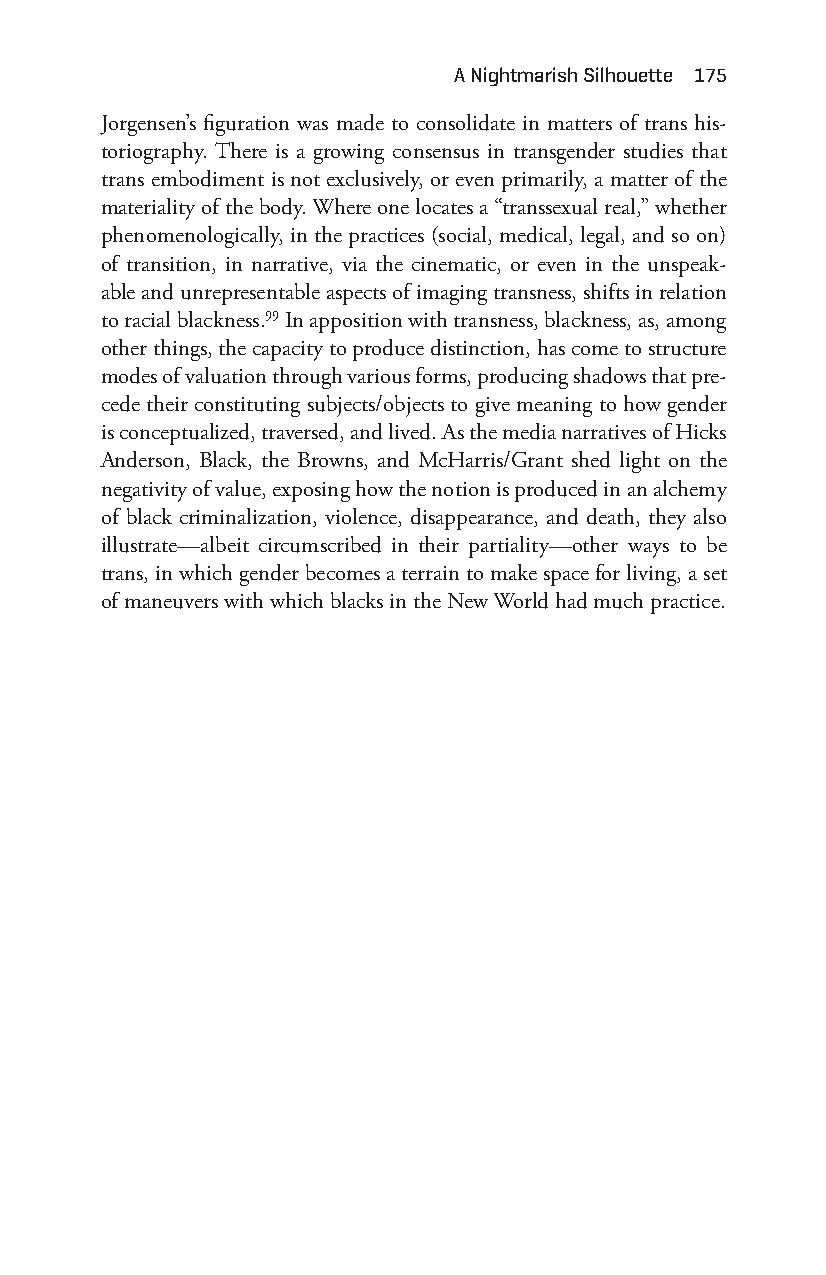
a nightmarish Silhouette 175
 Jorgensen’s figuration was made to consolidate in matters of trans his-
 toriography. There is a growing consensus in transgender studies that
 trans embodiment is not exclusively, or even primarily, a matter of the
 materiality of the body. Where one locates a “transsexual real,” whether
 phenomenologically, in the practices (social, medical, legal, and so on)
 of transition, in narrative, via the cinematic, or even in the unspeak-
 able and unrepresentable aspects of imaging transness, shifts in relation
 to racial blackness.99 In apposition with transness, blackness, as, among
 other things, the capacity to produce distinction, has come to structure
 modes of valuation through various forms, producing shadows that pre-
 cede their constituting subjects/objects to give meaning to how gender
 is conceptualized, traversed, and lived. As the media narratives of Hicks
 Anderson, Black, the Browns, and McHarris/Grant shed light on the
 negativity of value, exposing how the notion is produced in an alchemy
 of black criminalization, violence, disappearance, and death, they also
 illustrate— albeit circumscribed in their partiality— other ways to be
 trans, in which gender becomes a terrain to make space for living, a set
 of maneuvers with which blacks in the New World had much practice.
 Snorton.indd 175                            29/09/2017 8:41:09 AM